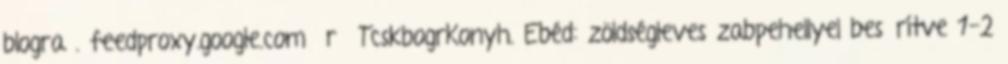
blogra . feedproxy.google.com r TcskbogrKonyh. Ebéd: zöldségleves zabpehellyel besűrítve 1-2